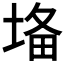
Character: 𡍉